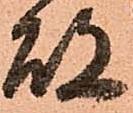
故